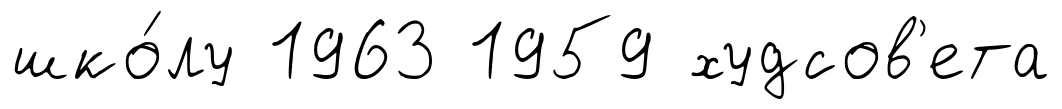
шко́лу 1963 1959 худсов'ета